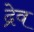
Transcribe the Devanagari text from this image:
द्रेव